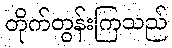
တိုက်တွန်းကြသည်